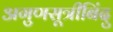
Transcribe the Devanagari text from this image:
अगुणसूत्रीबिंदु